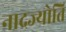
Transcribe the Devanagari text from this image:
नादज्योति